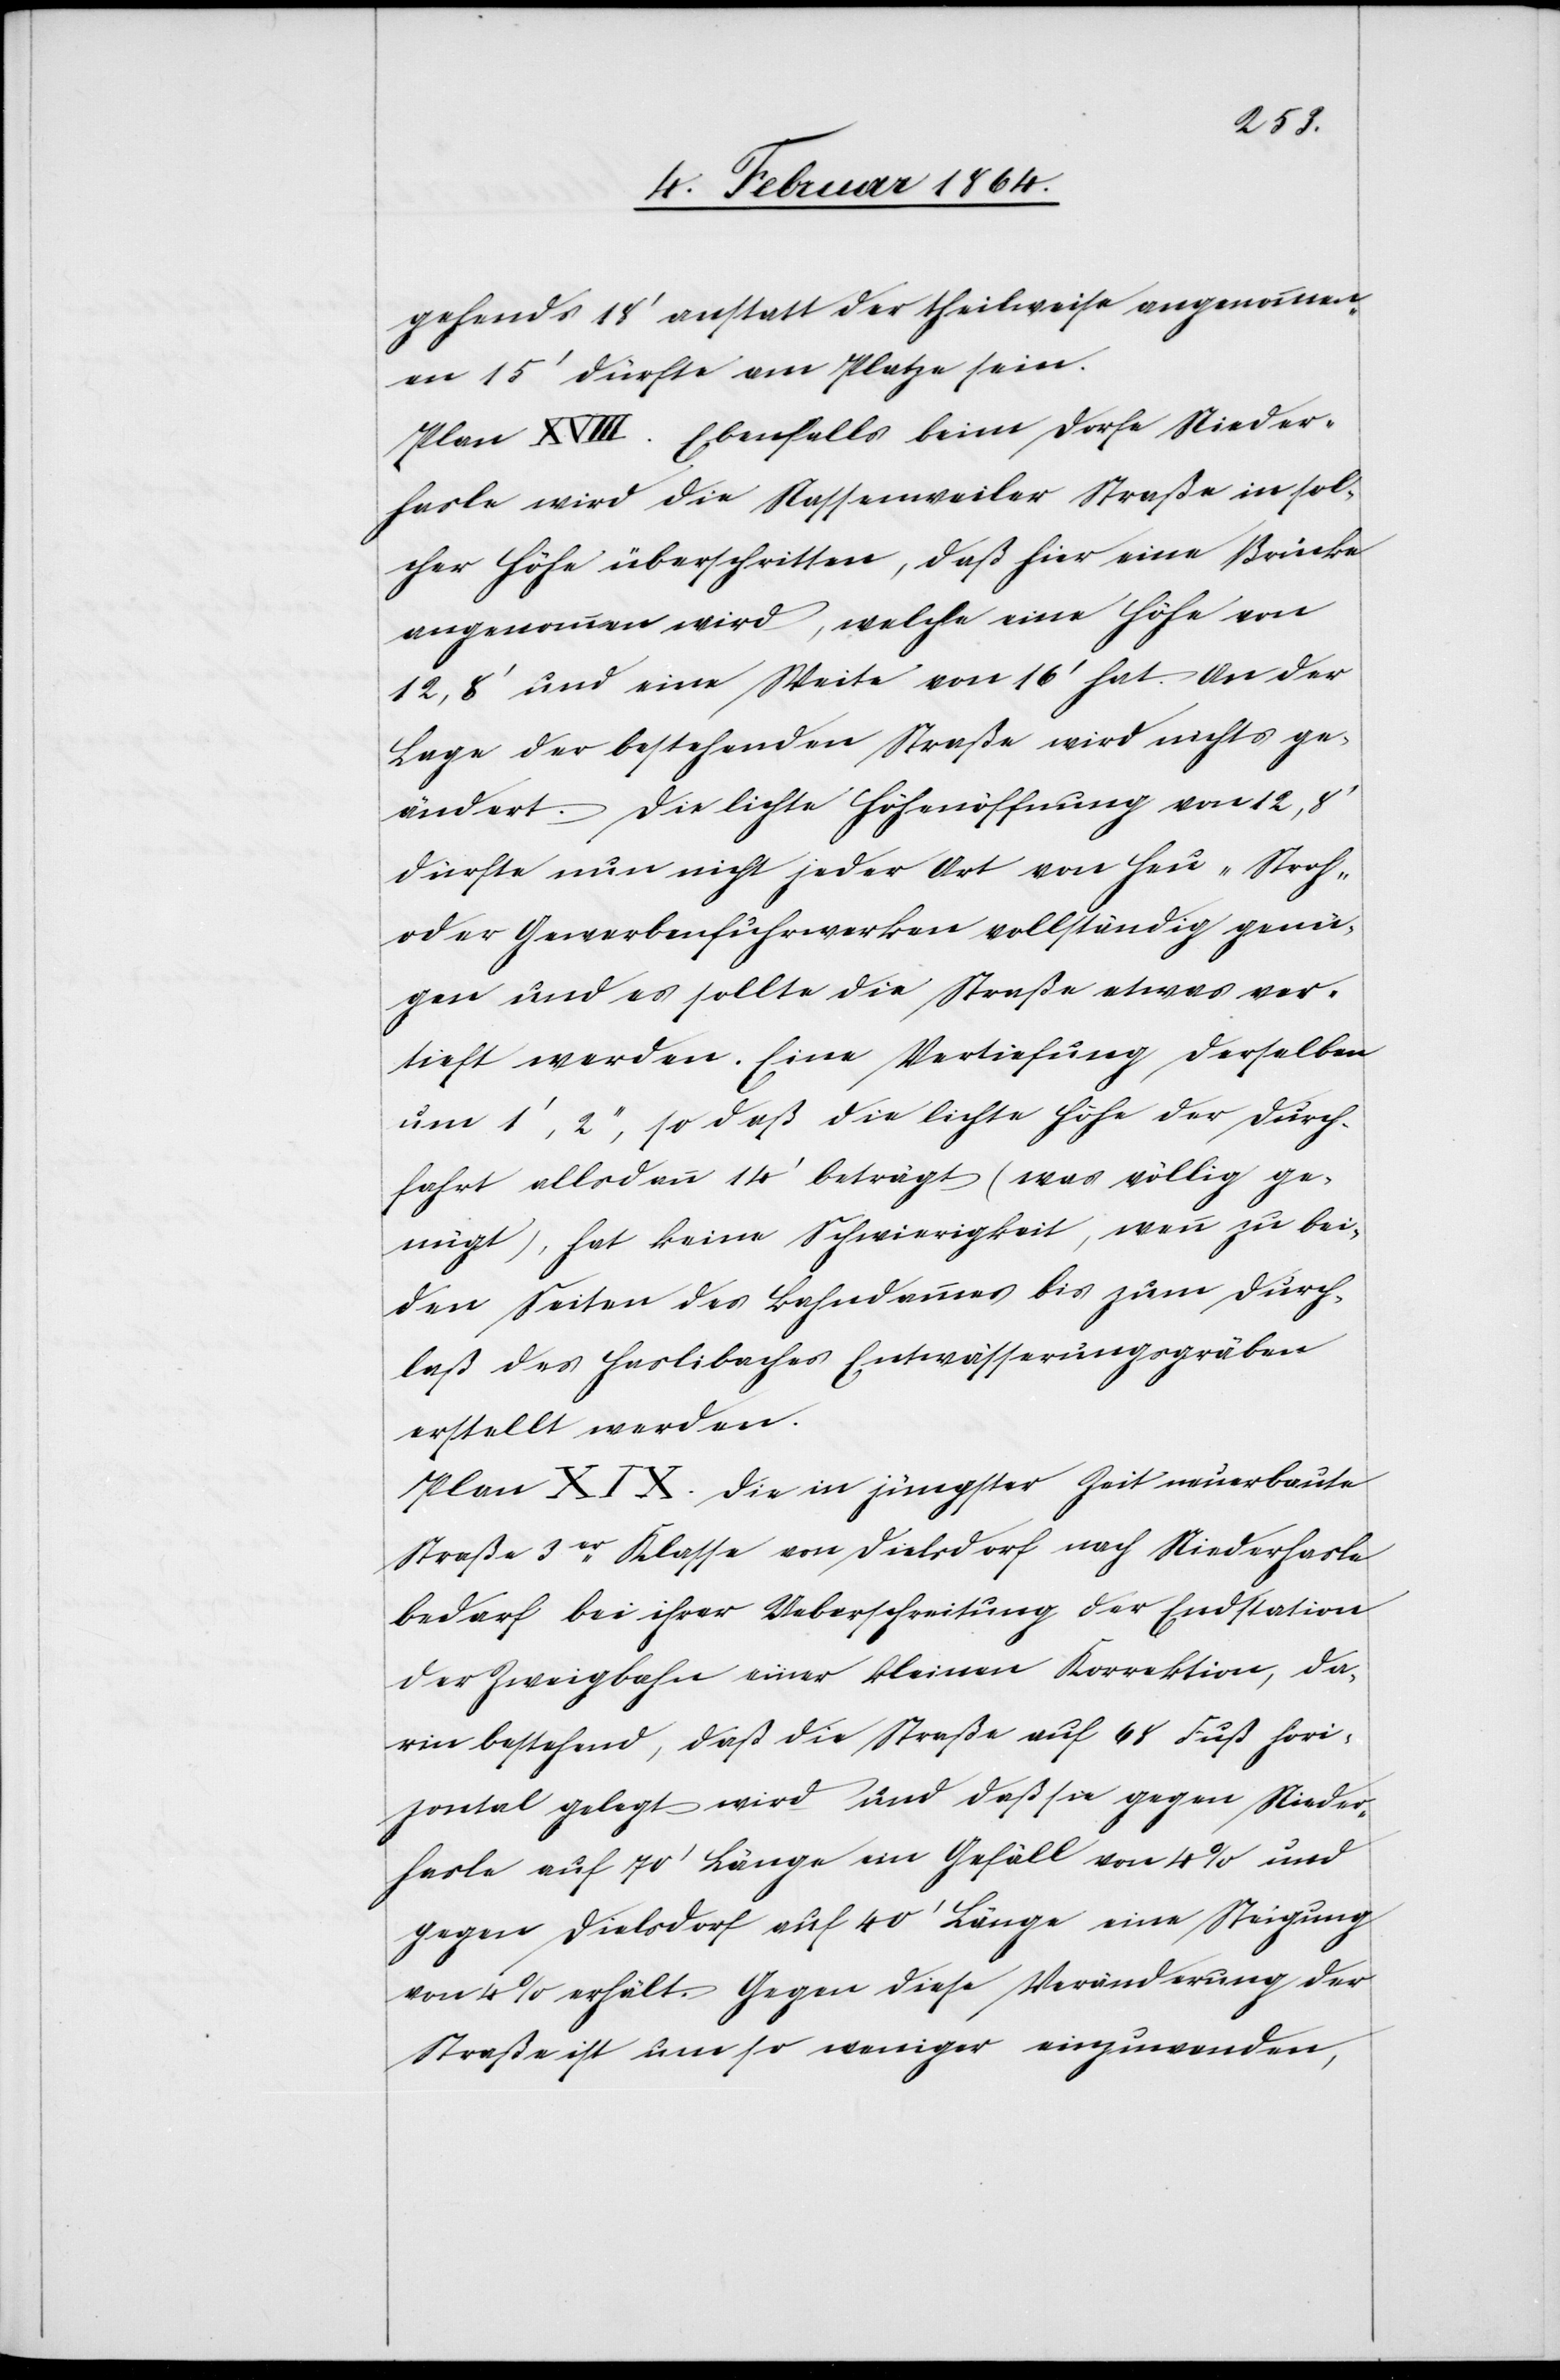
gehends 18’ anstatt der theilweise angenommen¬
en 15’ dürfte am Platze sein.
Plan XVIII. Ebenfalls beim Dorfe Nieder¬
hasle wird die Nassenweiler Straße in sol¬
cher Höhe überschritten, daß hier eine Brücke
angenommen wird, welche eine Höhe von
12,8’ und eine Weite von 16’ hat. An der
Lage der bestehenden Straße wird nichts ge¬
ändert. Die lichte Höhenöffnung von 12,8’
dürfte nun nicht jeder Art von Heu-[,] Stroh[-]
oder Gewerbenfuhrwerken vollständig genü¬
gen und es sollte die Straße etwas ver¬
tieft werden. Eine Vertiefung derselben
um 1’, 2’’, so daß die lichte Höhe der Durch¬
fahrt allsdann 14’ beträgt (was völlig ge¬
nügt), hat keine Schwierigkeit, wenn zu bei¬
den Seiten des Bahndamms bis zum Durch¬
laß des Haslibaches Entwässerungsgräben
erstellt werden.
Plan XIX. Die in jüngster Zeit neuerbaute
Straße 3er Klasse von Dielsdorf nach Niederhasle
bedarf bei ihrer Ueberschreitung der Endstation
der Zweigbahn einer kleinen Korrektion, da¬
rin bestehend, daß die Straße auf 68 Fuß hori¬
zontal gelegt wird und daß sie gegen Nieder¬
hasle auf 70’ Länge ein Gefäll von 4% und
gegen Dielsdorf auf 40’ Länge eine Steigung
von 4% erhält. Gegen diese Veränderung der
Straße ist um so weniger einzuwenden,